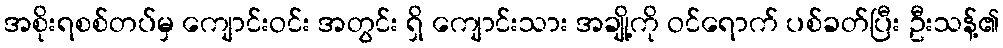
အစိုးရစစ်တပ်မှ ကျောင်းဝင်း အတွင်း ရှိ ကျောင်းသား အချို့ကို ဝင်ရောက် ပစ်ခတ်ပြီး ဦးသန့်၏